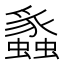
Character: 𬠸